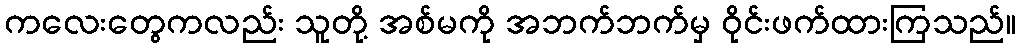
ကလေးတွေကလည်း သူတို့ အစ်မကို အဘက်ဘက်မှ ဝိုင်းဖက်ထားကြသည်။